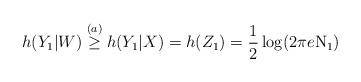
LaTeX: \begin{align*}h(Y_1|W)\stackrel{(a)}\geq h(Y_1|X)=h(Z_1)= \frac{1}{2}\log(2\pi e\mathrm{N}_1)\end{align*}